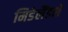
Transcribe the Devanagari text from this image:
मिडेलैंडशे